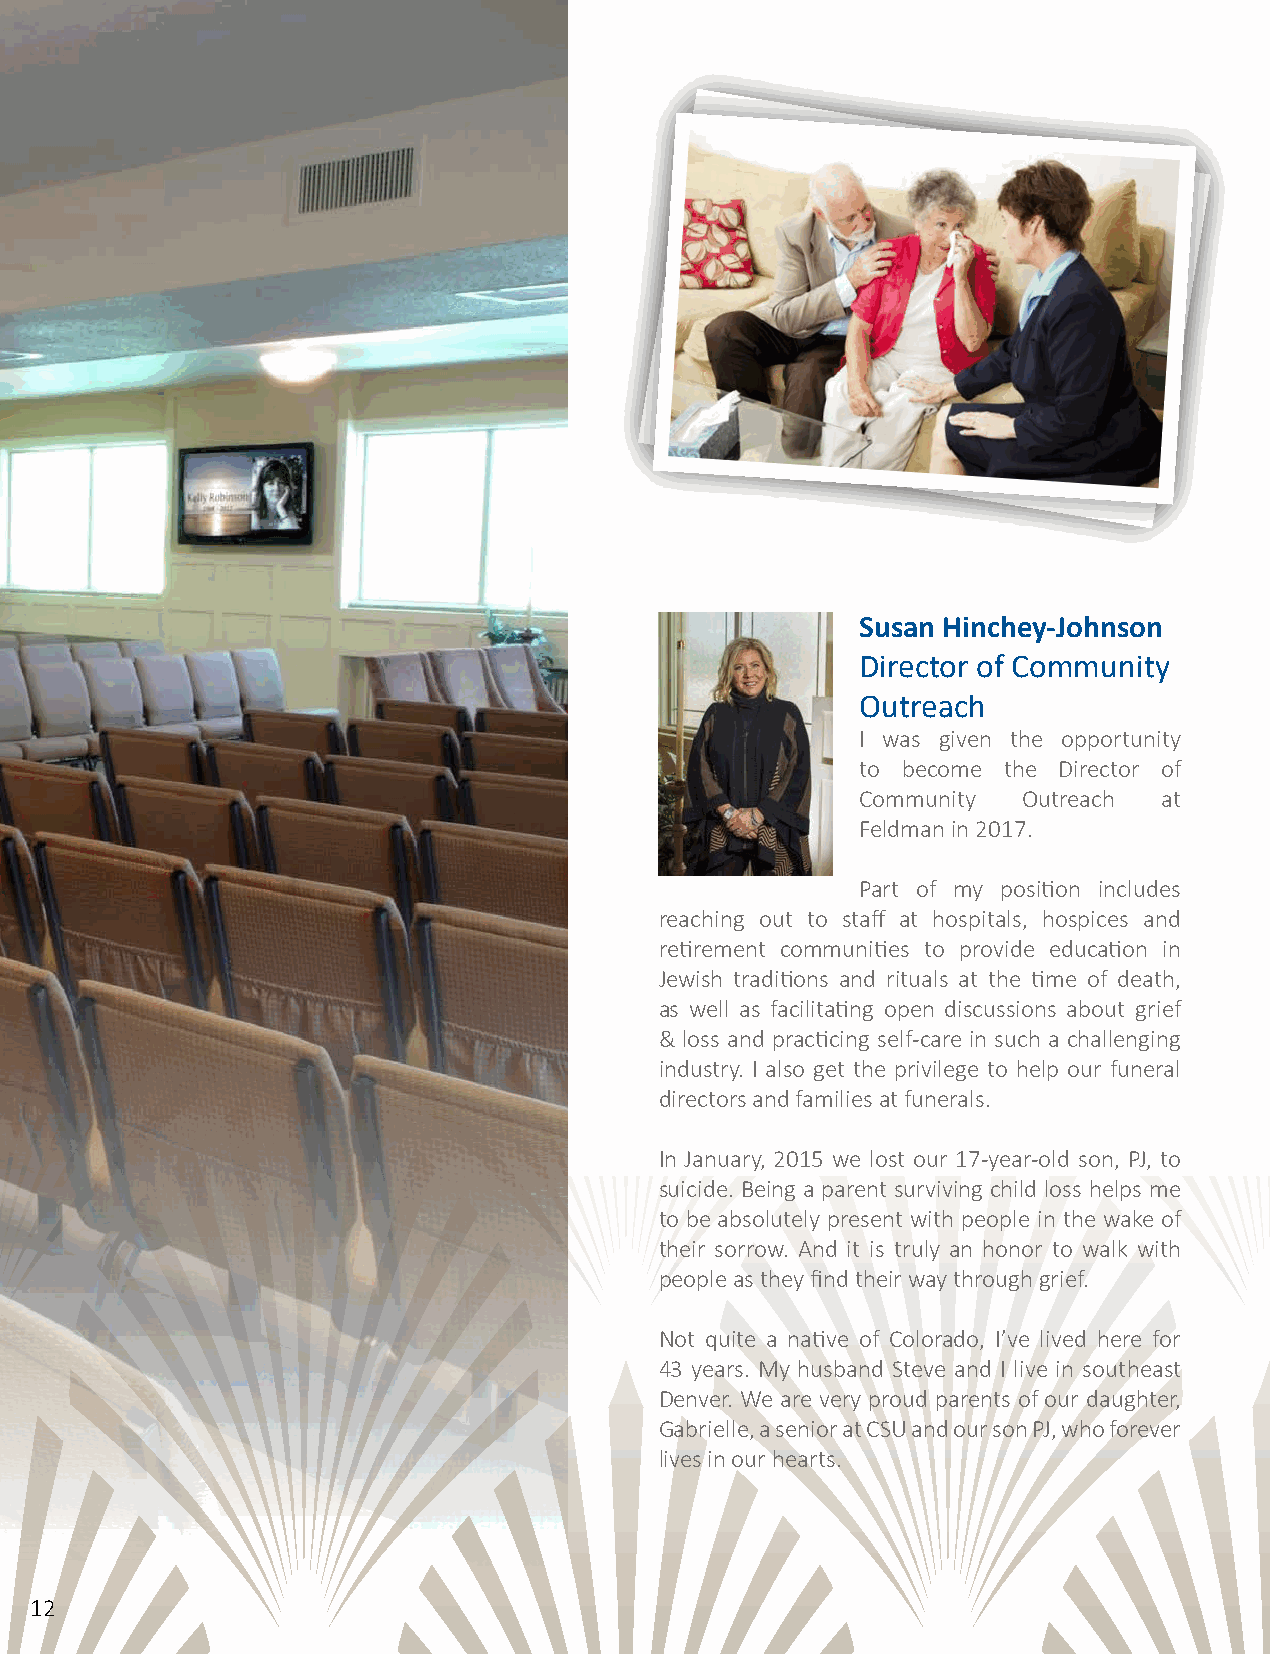
Susan Hinchey-Johnson
 Director of Community
 Outreach
 I was given the opportunity
 to become the Director of
 Community  Outreach at
 Feldman in 2017.
 Part of my position includes
 reaching out to staff at hospitals, hospices and
 retirement communities to provide education in
 Jewish traditions and rituals at the time of death,
 as well as facilitating open discussions about grief
 & loss and practicing self-care in such a challenging
 industry. I also get the privilege to help our funeral
 directors and families at funerals.
 In January, 2015 we lost our 17-year-old son, PJ, to
 suicide. Being a parent surviving child loss helps me
 to be absolutely present with people in the wake of
 their sorrow. And it is truly an honor to walk with
 people as they find their way through grief.
 Not quite a native of Colorado, I’ve lived here for
 43 years. My husband Steve and I live in southeast
 Denver. We are very proud parents of our daughter,
 Gabrielle, a senior at CSU and our son PJ, who forever
 lives in our hearts.
 12